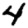
Digit: 4